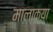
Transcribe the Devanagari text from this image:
मालाक्‍या